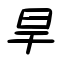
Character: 旱